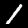
Label: 1